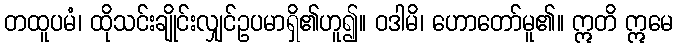
တထူပမံ၊ ထိုသင်းချိုင်းလျှင်ဥပမာရှိ၏ဟူ၍။ ဝဒါမိ၊ ဟောတော်မူ၏။ ဣတိ ဣမေ